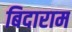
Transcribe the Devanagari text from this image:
बिदाराम